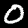
Label: 0